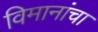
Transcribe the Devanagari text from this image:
विमानांंचा